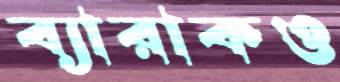
ব্যারাকও